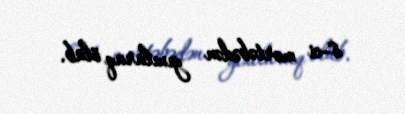
8-ci mərtəbədən yıxılaraq ölüb.